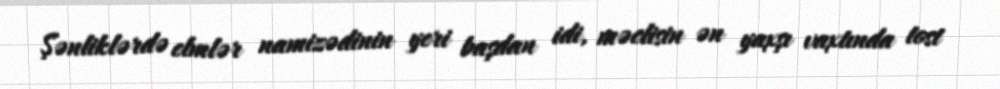
Şənliklərdə elmlər namizədinin yeri başdan idi, məclisin ən yaxşı vaxtında tost